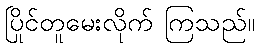
ပြိုင်တူမေးလိုက် ကြသည်။